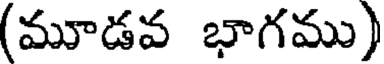
(మూడవ భాగము)